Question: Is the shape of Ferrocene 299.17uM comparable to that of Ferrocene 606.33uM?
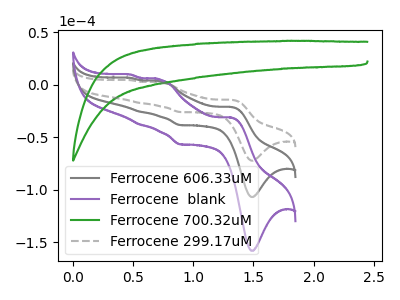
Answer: <think>The gray curve "Ferrocene 606.33uM" has anodic peaks at (1.30V, -21.05uA) (0.70V, 3.25uA) (0.55V, -25.60uA) (0.45V, 6.60uA) and cathodic peaks at (1.50V, -106.80uA) (0.90V, -38.30uA). The purple curve "Ferrocene  blank" has anodic peaks at (1.30V, -42.15uA) (0.70V, 6.50uA) (0.55V, -51.15uA) (0.45V, 13.20uA) and cathodic peaks at (1.50V, -213.60uA) (0.90V, -76.65uA). The green curve "Ferrocene 700.32uM" has no peaks. The gray dashed curve "Ferrocene 299.17uM" has anodic peaks at (1.30V, -14.25uA) (0.70V, 2.20uA) (0.55V, -17.30uA) (0.45V, 4.45uA) and cathodic peaks at (1.50V, -72.15uA) (0.90V, -25.90uA).
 All the peaks in "Ferrocene 299.17uM" have a peak in "Ferrocene 606.33uM" at the same potential.</think>
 <answer>"Ferrocene 299.17uM" and "Ferrocene 606.33uM" are similar in shape.</answer>
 <eval>same_shape</eval>